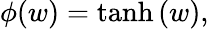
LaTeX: \phi(w)=\operatorname{tanh}{\left(w\right)},